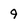
Character: 9